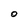
Character: O